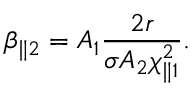
\beta _ { \parallel 2 } = A _ { 1 } \frac { 2 r } { \sigma A _ { 2 } \chi _ { \parallel 1 } ^ { 2 } } .